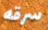
سرقه